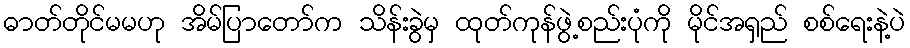
ဓာတ်တိုင်မမဟု အိမ်ပြာတော်က သိန်းခွဲမှ ထုတ်ကုန်ဖွဲ့စည်းပုံကို မိုင်အရှည် စစ်ရေးနဲ့ပဲ